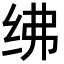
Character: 绋